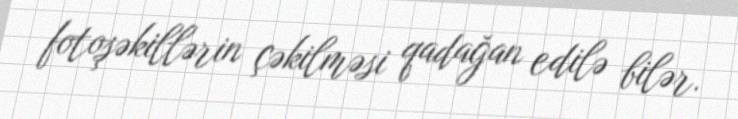
fotoşəkillərin çəkilməsi qadağan edilə bilər.